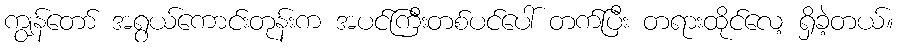
ကျွန်တော် အရွယ်ကောင်းတုန်းက အပင်ကြီးတစ်ပင်ပေါ် တက်ပြီး တရားထိုင်လေ့ ရှိခဲ့တယ်။